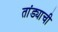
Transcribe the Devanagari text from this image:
तांड्याची